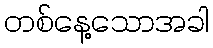
တစ်နေ့သောအခါ